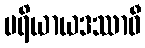
ပရိယာယဒဿာဝီ